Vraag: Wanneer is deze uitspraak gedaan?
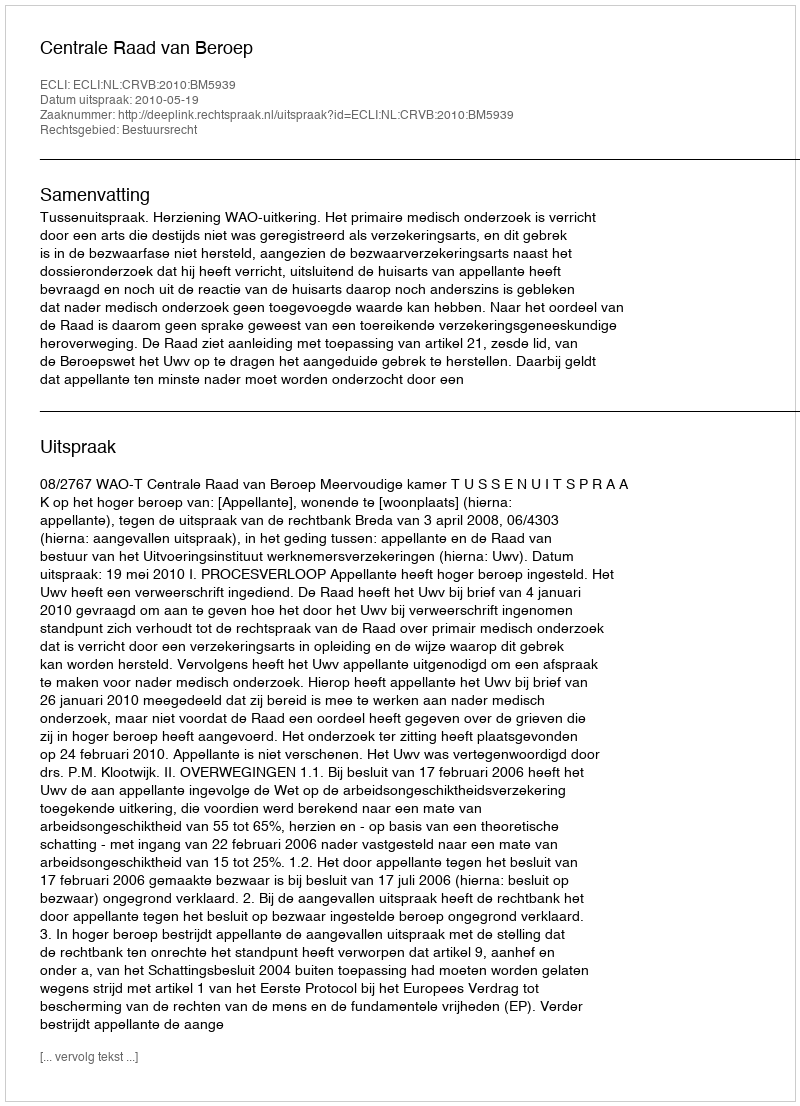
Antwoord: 2010-05-19